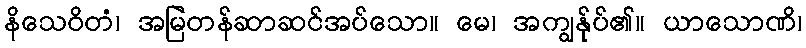
နိသေဝိတံ၊ အမြဲတန်ဆာဆင်အပ်သော။ မေ၊ အကျွန်ုပ်၏။ ယာသောဏိ၊